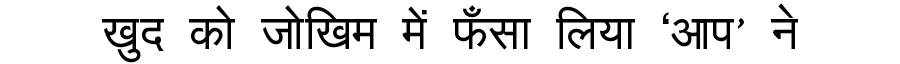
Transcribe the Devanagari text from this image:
खुद को जोखिम में फँसा लिया ‘आप’ ने